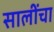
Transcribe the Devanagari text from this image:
सालींचा